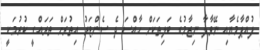
ފުއްޕާމެޔާއި ނޭވާލާ ނިޒާމުގެ ބަލިތަކަށް ހާއްސަ ދެ ސެންޓަރު އިތުރަށް ތަރައްގީ ކުރުމަކީ